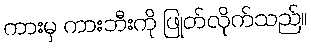
ကားမှ ကားဘီးကို ဖြုတ်လိုက်သည်။